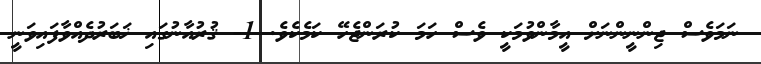
ނަމަވެސް ޖިންނީންނަށް އީމާންވުމަކީ ވެސް ހަމަ ކުރަންޖެހޭ ކަމެކެވެ. 1- ޤުރުއާނުގައި ޚަބަރުދެއްވާފައިވަނީ